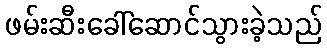
ဖမ်းဆီးခေါ်ဆောင်သွားခဲ့သည်